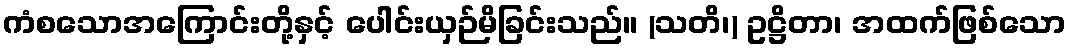
ကံစသောအကြောင်းတို့နှင့် ပေါင်းယှဉ်မိခြင်းသည်။ (သတိ၊) ဥဋ္ဌိတာ၊ အထက်ဖြစ်သော